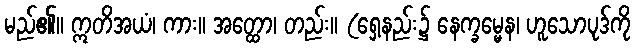
မည်၏။ ဣတိအယံ၊ ကား။ အတ္ထော၊ တည်း။ (ရှေ့နည်း၌ နေက္ခမ္မေန၊ ဟူသောပုဒ်ကို